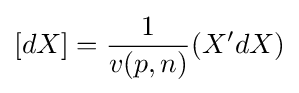
[dX]={\frac {1}{v(p,n)}}(X'dX)